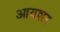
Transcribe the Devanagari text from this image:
आयशर